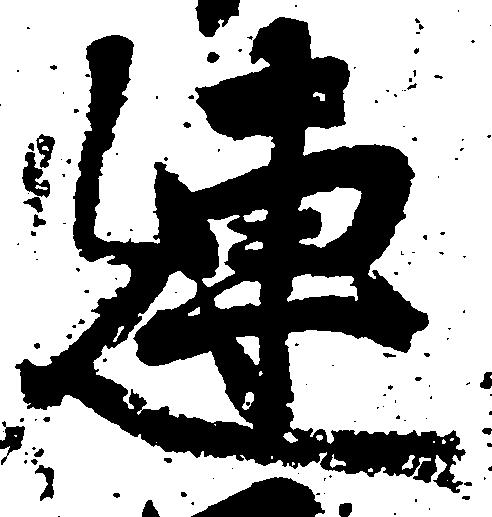
連